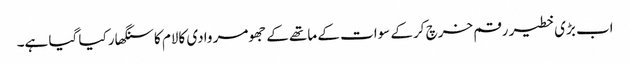
اب بڑی خطیر رقم خرچ کرکے سوات کے ماتھے کے جھومر وادی کالام کا سنگھار کیا گیا ہے۔